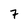
Character: 7